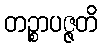
တဉ္စာပဇ္ဇတိ